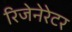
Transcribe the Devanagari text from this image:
रिजेनेरेटर